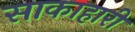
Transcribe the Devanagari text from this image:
साकाहारी